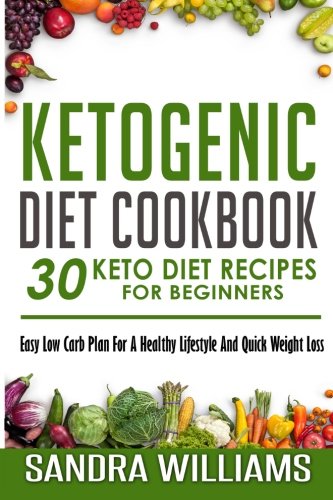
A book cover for Ketogenic Diet Cookbook: 30 Keto Diet Recipes For Beginners, Easy Low Carb Plan For A Healthy Lifestyle And Quick Weight Loss (Keto Cookbook, Ketosis ... Lose Carb With Keto Hybrid Diet) (Volume 2); Sandra Williams; Health, Fitness & Dieting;